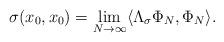
LaTeX: \begin{align*}\sigma(x_0,x_0)=\lim_{N\to\infty}\langle \Lambda_{\sigma}\Phi_N,\Phi_N\rangle.\end{align*}